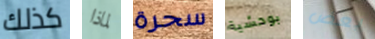
كذلك لماذا سحرة بوحشية بعض